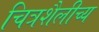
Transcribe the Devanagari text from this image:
चित्रशैलीच्य